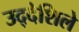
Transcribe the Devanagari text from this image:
उद्देशिले